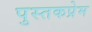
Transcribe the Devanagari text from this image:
पुस्तकप्रेम